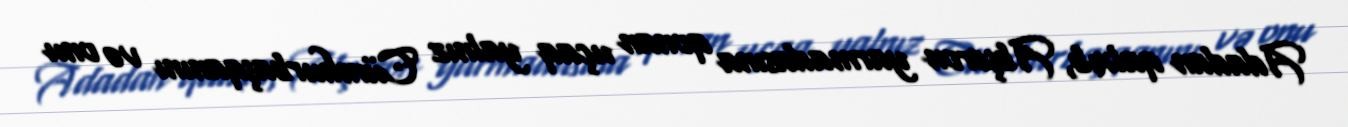
Adadan qalxıb, Abşeron yarmadasına qonan uçaq yalnız Cümhurbaşqanını və onu